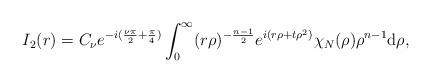
LaTeX: \begin{align*}I_2(r)=C_{\nu}e^{-i(\frac{\nu\pi}2+\frac{\pi}4)}\int_0^\infty(r\rho)^{-\frac{n-1}2}e^{i(r\rho+t\rho^2)}\chi_{N}(\rho)\rho^{n-1}\mathrm{d}\rho,\end{align*}